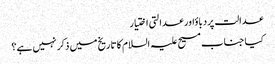
عدالت پردباؤاور عدالتی اختیار
کیا جناب مسیح علیہ السلام کا تاریخ میں ذکر نہیں ہے؟